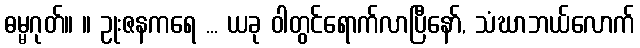
ဓမ္မဂုတ်။ ။ ဥုးဇနကရေ ... ယခု ဝါတွင်ရောက်လာပြီနော်, သံဃာဘယ်လောက်